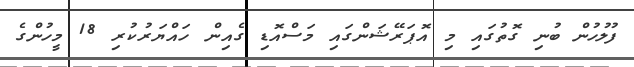
ފުލުހުން ބުނި ގޮތުގައި މި އޮޕަރޭޝަންގައި މަސްއޮޑި ގެއިން ހައްޔަރުކުރި 18 މީހުންގެ